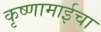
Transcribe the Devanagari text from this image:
कृष्णामाईचा